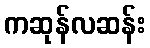
ကဆုန်လဆန်း